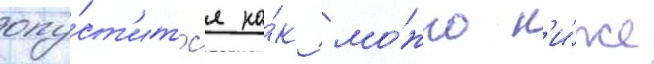
опу́ст'итс'я ка́к мо́жно н'и́же